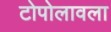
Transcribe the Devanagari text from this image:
टोपोलावला